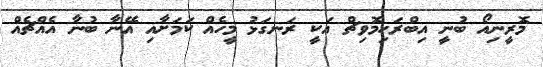
މޮރީނިއޯ ބުނީ އިބްރަހިމޮވިޗް އަކީ ރަނގަޅު މީހެއް ކަމަށާއި އޭނާ ބުނާ އެއްޗެއް